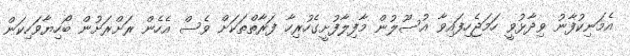
އެމަނިކުފާނު ވިދާޅުވީ ހަމަޖެހިފައިވާ އުސޫލުން މާފިލާފުށީގެހުރިހާ ފަރާތްތަކަށް ވެސް އެހެން ރަށްރަށުން ބޯހިޔާވަހިކަން